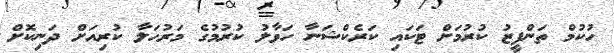
ހުކުމް ތަންފީޒު ކުރުމަށް ޓަކައި ކަރެކްޝަނާ ހަވާލު ކުރުމުގެ މަރުހަލާ ކުރިއަށް ދަނިކޮށް